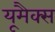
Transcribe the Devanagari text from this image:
यूमैक्स